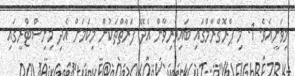
މިވަނީއެވެ. 1. މި ޕްރޮގްރާމްގައި ބައިވެރިވާން އެދޭ ފަރާތްތަކުން މިކަމަށް އެދި މިނިސްޓްރީގައި